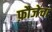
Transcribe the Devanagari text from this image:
फ़ौजेचा